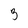
Character: 3